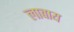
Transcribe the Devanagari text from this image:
लावाय